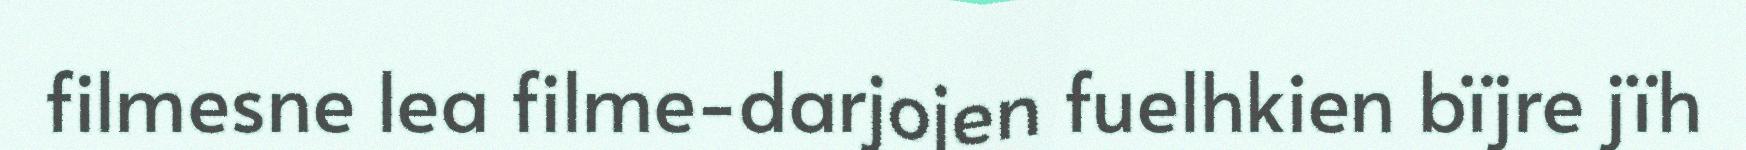
filmesne lea filme-darjojen fuelhkien bïjre jïh